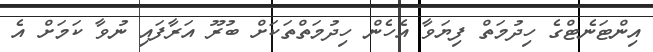
އިންޓަނެޓްގެ ހިދުމަތް ފިޔަވާ އެހެން ހިދުމަތްތަކަށް ބުރޫ އަރާފައި ނުވާ ކަމަށް އެ